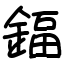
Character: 鍢